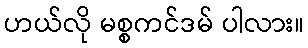
ဟယ်လို မစ္စကင်ဒမ် ပါလား။